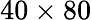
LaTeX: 40\times 80